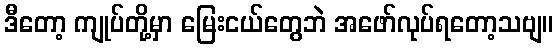
ဒီတော့ ကျုပ်တို့မှာ မြေးငယ်တွေဘဲ အဖော်လုပ်ရတော့သဗျ။